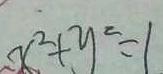
x ^ { 2 } + y ^ { 2 } = 1